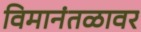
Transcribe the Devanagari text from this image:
विमानंतळावर